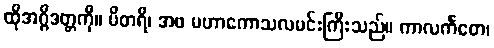
ထိုအဂ္ဂိဒတ္တကို။ ပိတရိ၊ အဖ မဟာကောသလမင်းကြီးသည်။ ကာလင်္ကတေ၊